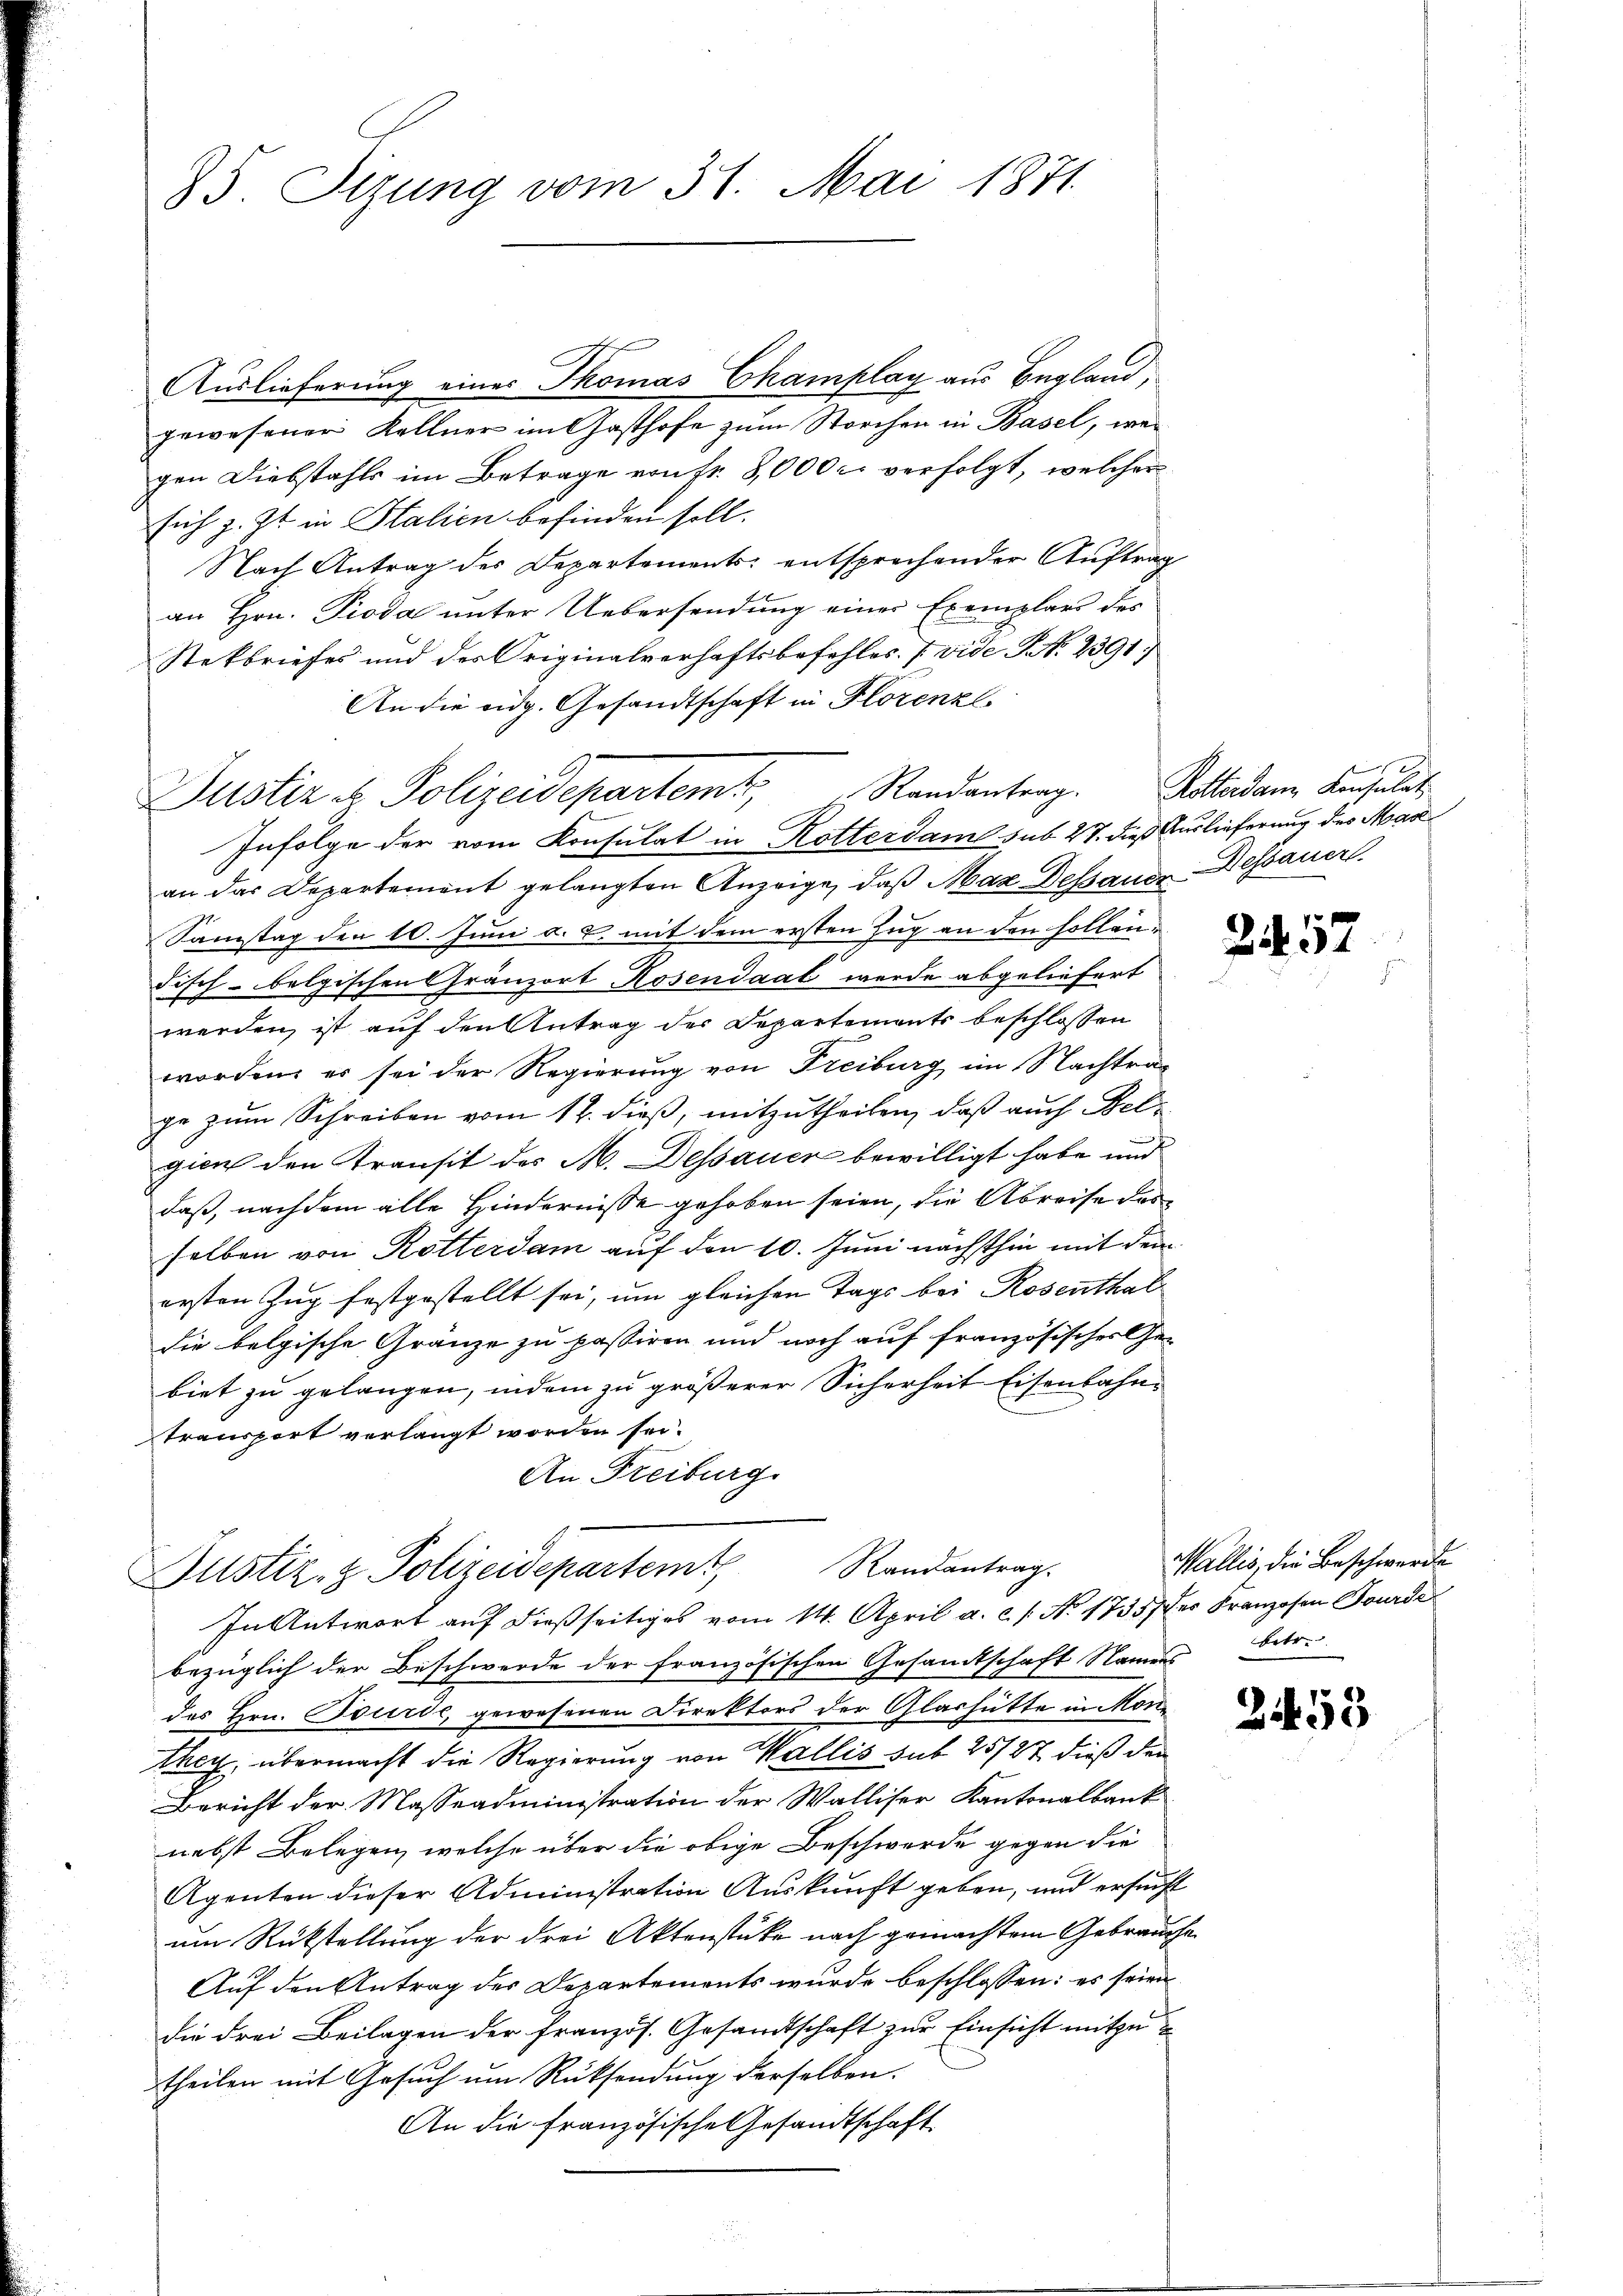
85. Sizung vom 31. Mai 1871

Auslieferung eines Thomas Champlay aus Begland,
gewesener Kellner im Gasthofe zum Storchen in Basel, wei
gen Diebstahls im Betrage von Fr. 8,000 c. verfolgt, welcher
sich z. Zt. in Stalien befinden soll.
Nach Antrag des Departements entsprechender Auftrag
an Hrn. Pioda unter Uebersendung einer Exemplars der
Stekbriefes und des Originalverhaftsbefehles. (vide No. 2391)
An die eidg. Gesandtschaft in Horenzl.
Infolge der vom Konsulat in Rotterdame sub 27. dieß Auslieferung des Masan das Departement gelangten Anzeige, daß Max Dessauer Dessauer
Samstag den 10. Juni a. u. mit dem ersten Zug an den sollendisch-belgischen Gränzort Rosendaal werde abgeliefert
werden, ist auf den Antrag der Departements beschlossen
worden, er sei der Regierung von Freiburg im Nachtrage zum Schreiben vom 12. dieß, mitzutheilen, daß auch Felgion den Transit des M. Dessauer bewilligt habe und
daß, nachdem alle Hindernisse gehoben seien, die Abreise des
selben von Rotterdam auf den 10. Juni nächsthin mit dem
ersten Zug festgestellt sei, um gleichen Tags bei Rosenthal
die belgische Gränze zu passiren und noch auf französisches Ge-
biet zu gelangen, indem zu größerer Sicherheit Eisenbahn¬
Transport verlangt worden sei.
An Freiburg
Justiz- & Polizeidepartemt, Randantrag.
In Antwort auf dießseitiges vom 14. April a. c. s. No. 17357 der Franzosen Forde
bezüglich der Beschwerde der französischen Gesandtschaft Namens
des Hrn. Tourde, gewesenen Direktors der Glashütte in Monthey, übermacht die Regierung von Wallis sub 25/27 dieß den
Bericht der Masseadministration der Walliser Kantonalbank
nebst Belegen, welche über die obige Beschwerde gegen die
Agenten dieser Administration Auskunft geben, und ersucht
um Rückstellung der drei Aktenstüke nach gemachtem Gebrauch
Auf den Antrag des Departements wurde beschlossen: es seien
die drei Beilagen der Französ. Gesandtschaft zur Einsicht mitzut
theilen mit Gesuch um Rücksendung derselben.
An die französische Gesandtschaft

Justiz & Polizeidepartem Randantrag. Bolladen Konsulat

254. 57

Wallis, die Beschwerde
betr.

2453